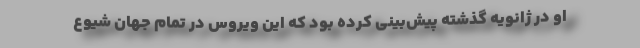
او در ژانویه گذشته پیش‌بینی کرده بود که این ویروس در تمام جهان شیوع